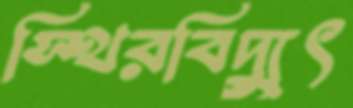
স্থিরবিদ্যুৎ